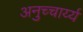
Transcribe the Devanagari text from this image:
अनुच्चार्य्य